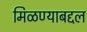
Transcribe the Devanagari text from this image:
मिळण्याबद्दल